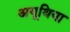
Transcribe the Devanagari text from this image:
अयूथिया